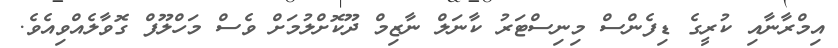
އިމްރާނާއި ކުރީގެ ޑިފެންސް މިނިސްޓަރު ކާނަލް ނާޒިމް ދޫކޮށްލުމަށް ވެސް މަހްލޫފް ގޮވާލެއްވިއެވެ.